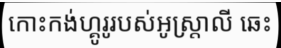
កោះកង់ហ្គូរូរបស់អូស្ត្រាលី ឆេះ